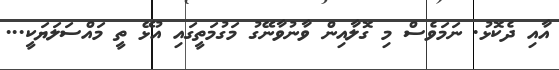
އާއި ދެކޮޅު. ނަމަވެސް މި ގޮލާއިން ވާނުވާނޭގު މަގުމަތީގައި އުޅޭ ތީ މައްްސަލަޔަކީ...